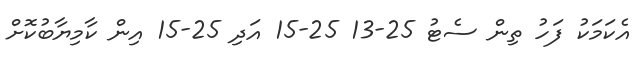
އެކަމަކު ފަހު ތިން ސެޓު 25-13 25-15 އަދި 25-15 އިން ކާމިޔާބުކޮށް